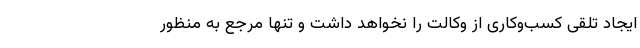
ایجاد تلقی کسب‌وکاری از وکالت را نخواهد داشت و تنها مرجع به منظور